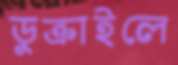
ডুক্‌রাইলে